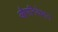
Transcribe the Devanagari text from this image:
औपनिवेशन